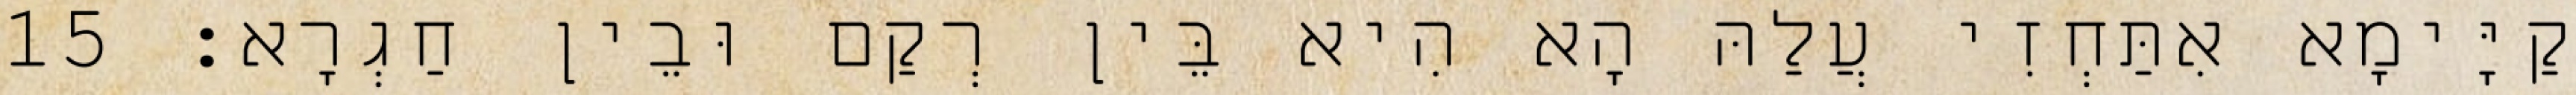
קַיָּימָא אִתַּחְזִי עֲלַהּ הָא הִיא בֵּין רְקַם וּבֵין חַגְרָא׃ 15